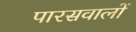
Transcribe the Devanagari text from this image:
पारसवालों